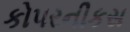
કોપરનીકસ